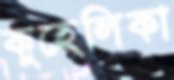
কুহেলিকা